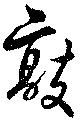
敲